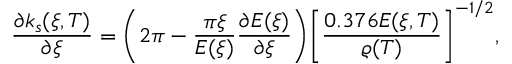
\frac { \partial k _ { s } ( \xi , T ) } { \partial \xi } = \bigg ( 2 \pi - \frac { \pi \xi } { E ( \xi ) } \frac { \partial E ( \xi ) } { \partial \xi } \bigg ) \bigg [ \frac { 0 . 3 7 6 E ( \xi , T ) } { \varrho ( T ) } \bigg ] ^ { - 1 / 2 } ,